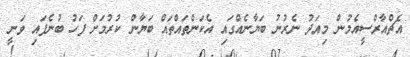
އެޗްއާރްސީއެމުން މިއަދު ނެރުނު ބަޔާނެއްގައި އެކަންތައްތައް ބަޔާން ކުރުމަށް ފަހު ބުނެފައި ވަނީ